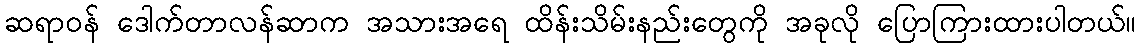
ဆရာဝန် ဒေါက်တာလန်ဆာက အသားအရေ ထိန်းသိမ်းနည်းတွေကို အခုလို ပြောကြားထားပါတယ်။